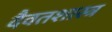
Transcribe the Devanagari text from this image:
दैवतशास्त्र